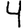
Digit: 4